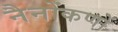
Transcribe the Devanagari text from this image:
नैनोंकणों